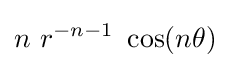
n~r^{-n-1}~\cos(n\theta )